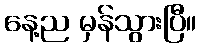
နေ့ည မှန်သွားပြီ။